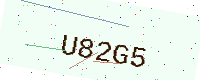
Text: U82G5